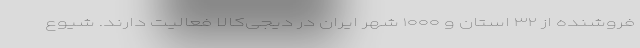
فروشنده از ۳۲ استان و ۱۰۰۰ شهر ایران در دیجی‌کالا فعالیت دارند. شیوع